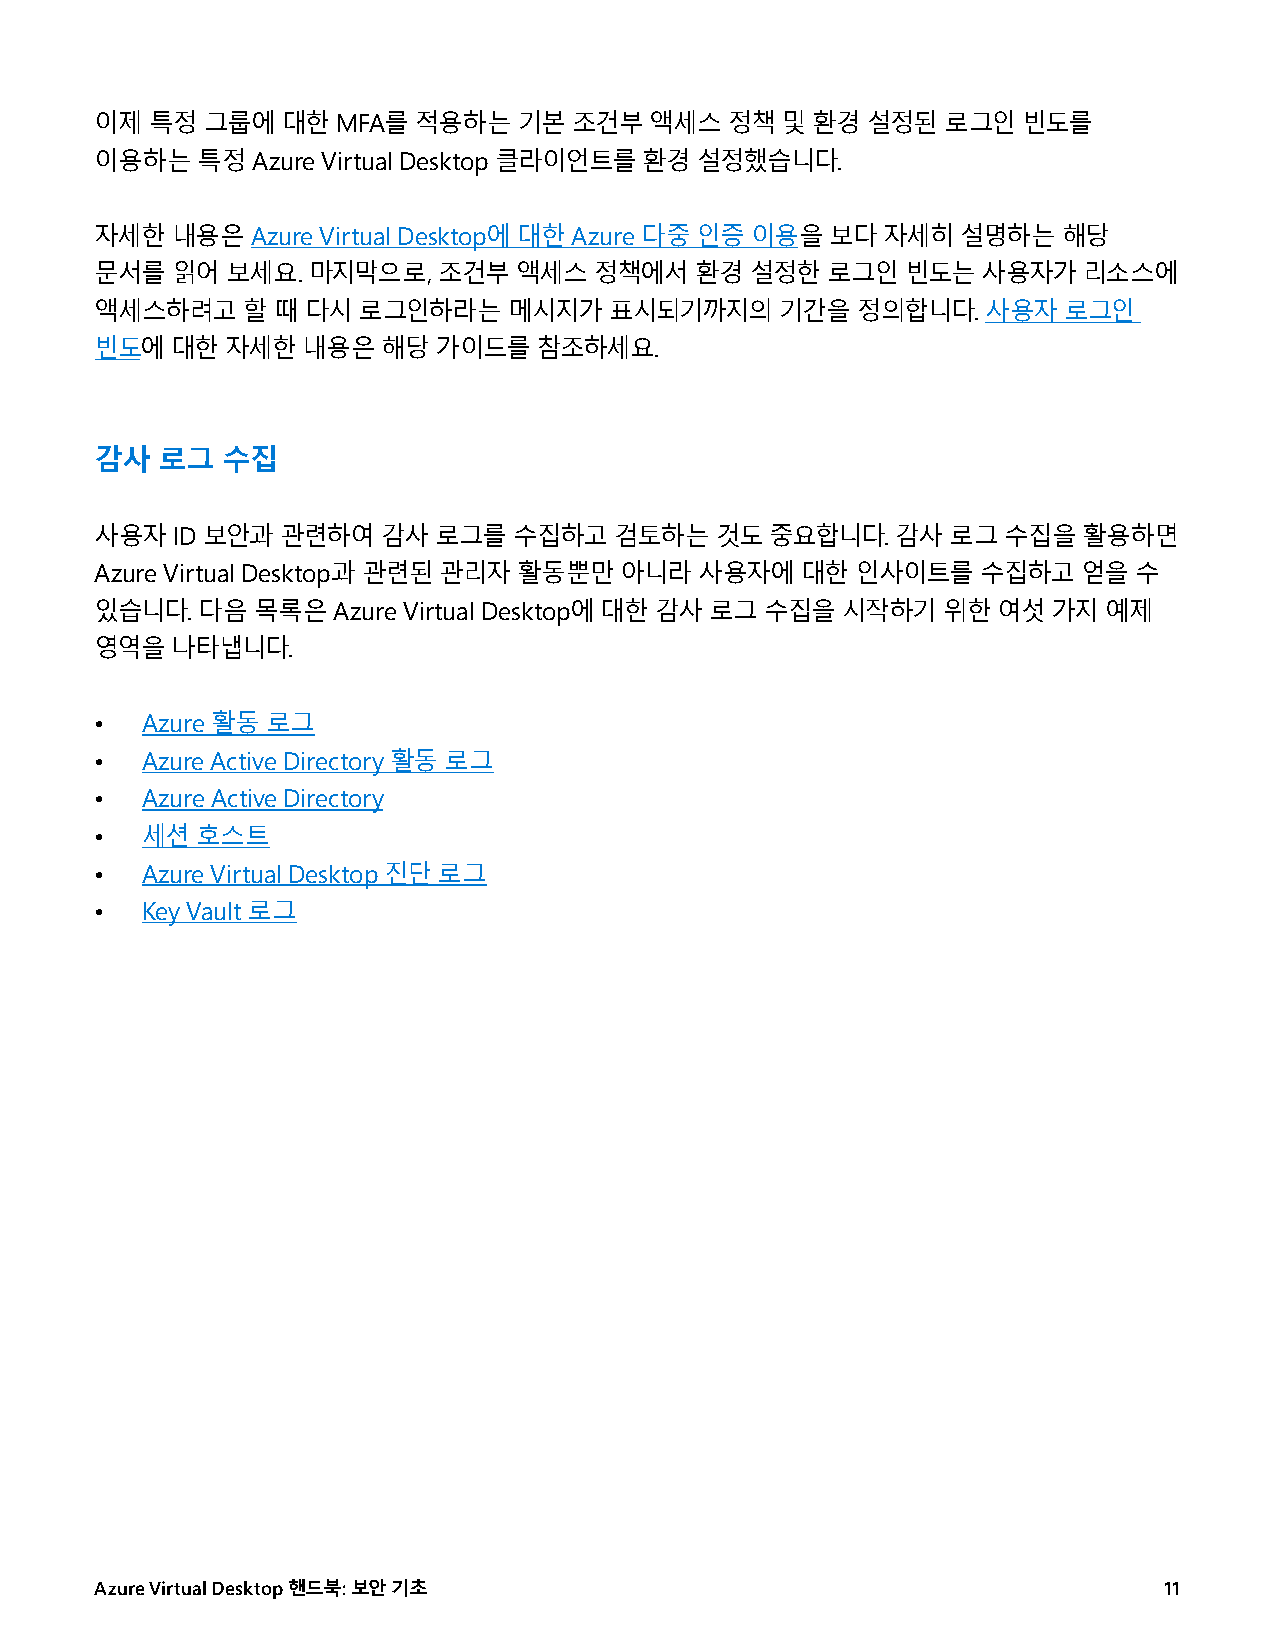
이제  특정  그룹에  대한 MFA를 적용하는   기본  조건부  액세스  정책  및 환경 설정된   로그인  빈도를
 이용하는   특정  Azure Virtual Desktop 클라이언트를 환경 설정했습니다.
 자세한  내용은   Azure Virtual Desktop에 대한 Azure 다중 인증 이용을 보다 자세히 설명하는 해당
 문서를  읽어  보세요. 마지막으로,   조건부  액세스  정책에서   환경  설정한  로그인  빈도는  사용자가   리소스에
 액세스하려고    할 때 다시  로그인하라는    메시지가  표시되기까지의     기간을  정의합니다.  사용자  로그인
 빈도에  대한  자세한  내용은  해당  가이드를   참조하세요.
 감사  로그   수집
 사용자  ID 보안과  관련하여  감사  로그를  수집하고   검토하는  것도  중요합니다.  감사  로그 수집을   활용하면
 Azure Virtual Desktop과 관련된 관리자 활동뿐만 아니라 사용자에   대한  인사이트를   수집하고   얻을 수
 있습니다.  다음  목록은  Azure Virtual Desktop에 대한 감사 로그 수집을 시작하기 위한 여섯  가지 예제
 영역을  나타냅니다.
 •  Azure 활동 로그
 •  Azure Active Directory 활동 로그
 •  Azure Active Directory
 •  세션  호스트
 •  Azure Virtual Desktop 진단 로그
 •  Key Vault 로그
 Azure Virtual Desktop 핸드북: 보안 기초                                       11